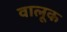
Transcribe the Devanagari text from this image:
वालूक